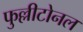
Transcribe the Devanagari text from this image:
फुल्लीटोनल